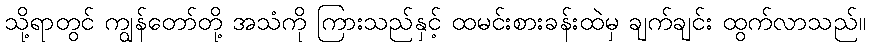
သို့ရာတွင် ကျွန်တော်တို့ အသံကို ကြားသည်နှင့် ထမင်းစားခန်းထဲမှ ချက်ချင်း ထွက်လာသည်။